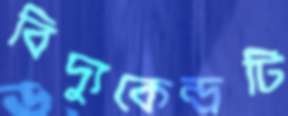
বিদ্যুকেন্দ্রটি